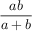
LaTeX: \frac { a b } { a + b }